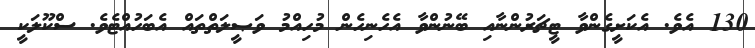
130 އެވެ. އެކަށީގެންވާ ޓީޗަރުންނާއި ބޭނުންވާ އެހެނިހެން މުހިއްމު ވަޞީލަތްތައް އެބަހުއްޓެވެ. ސްކޫލަކީ